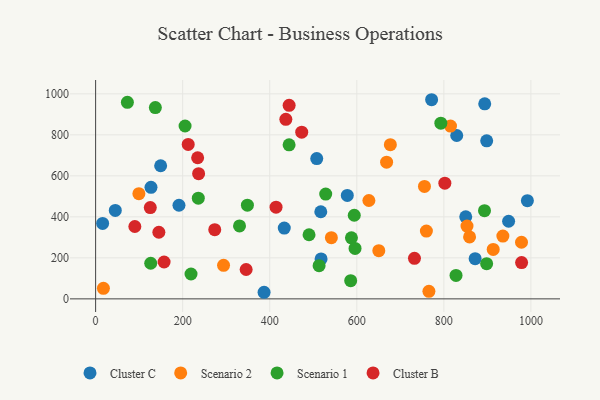
{"axis": {"x": "Experience", "y": "Sales"}, "legend": ["Cluster B", "Cluster C", "Scenario 1", "Scenario 2"], "data": [{"x": "45.2", "y": 431.4, "type": "Cluster C"}, {"x": "433.4", "y": 345.1, "type": "Cluster C"}, {"x": "517.3", "y": 424.9, "type": "Cluster C"}, {"x": "850.3", "y": 400.2, "type": "Cluster C"}, {"x": "127.2", "y": 544.1, "type": "Cluster C"}, {"x": "893.9", "y": 951.2, "type": "Cluster C"}, {"x": "518.0", "y": 194.8, "type": "Cluster C"}, {"x": "771.9", "y": 971.4, "type": "Cluster C"}, {"x": "16.1", "y": 367.8, "type": "Cluster C"}, {"x": "898.4", "y": 771.1, "type": "Cluster C"}, {"x": "387.0", "y": 32.1, "type": "Cluster C"}, {"x": "991.9", "y": 478.8, "type": "Cluster C"}, {"x": "948.8", "y": 378.6, "type": "Cluster C"}, {"x": "149.4", "y": 649.2, "type": "Cluster C"}, {"x": "508.0", "y": 684.2, "type": "Cluster C"}, {"x": "191.5", "y": 456.6, "type": "Cluster C"}, {"x": "578.2", "y": 504.4, "type": "Cluster C"}, {"x": "829.6", "y": 797.0, "type": "Cluster C"}, {"x": "871.9", "y": 195.8, "type": "Cluster C"}, {"x": "627.8", "y": 479.7, "type": "Scenario 2"}, {"x": "913.4", "y": 241.3, "type": "Scenario 2"}, {"x": "935.6", "y": 306.3, "type": "Scenario 2"}, {"x": "668.5", "y": 666.6, "type": "Scenario 2"}, {"x": "765.7", "y": 36.7, "type": "Scenario 2"}, {"x": "815.3", "y": 842.7, "type": "Scenario 2"}, {"x": "859.1", "y": 302.0, "type": "Scenario 2"}, {"x": "755.5", "y": 548.6, "type": "Scenario 2"}, {"x": "759.9", "y": 330.8, "type": "Scenario 2"}, {"x": "853.2", "y": 355.2, "type": "Scenario 2"}, {"x": "650.6", "y": 234.8, "type": "Scenario 2"}, {"x": "17.9", "y": 51.5, "type": "Scenario 2"}, {"x": "293.9", "y": 163.5, "type": "Scenario 2"}, {"x": "677.1", "y": 752.2, "type": "Scenario 2"}, {"x": "99.4", "y": 513.1, "type": "Scenario 2"}, {"x": "978.4", "y": 276.1, "type": "Scenario 2"}, {"x": "541.6", "y": 298.6, "type": "Scenario 2"}, {"x": "594.2", "y": 407.9, "type": "Scenario 1"}, {"x": "126.6", "y": 173.7, "type": "Scenario 1"}, {"x": "528.6", "y": 510.9, "type": "Scenario 1"}, {"x": "828.0", "y": 114.5, "type": "Scenario 1"}, {"x": "513.4", "y": 162.0, "type": "Scenario 1"}, {"x": "219.2", "y": 121.3, "type": "Scenario 1"}, {"x": "898.3", "y": 171.4, "type": "Scenario 1"}, {"x": "587.7", "y": 297.5, "type": "Scenario 1"}, {"x": "490.3", "y": 312.7, "type": "Scenario 1"}, {"x": "444.5", "y": 751.6, "type": "Scenario 1"}, {"x": "893.4", "y": 430.3, "type": "Scenario 1"}, {"x": "596.0", "y": 246.1, "type": "Scenario 1"}, {"x": "348.7", "y": 456.9, "type": "Scenario 1"}, {"x": "793.1", "y": 856.8, "type": "Scenario 1"}, {"x": "137.2", "y": 933.3, "type": "Scenario 1"}, {"x": "205.5", "y": 843.3, "type": "Scenario 1"}, {"x": "586.0", "y": 88.8, "type": "Scenario 1"}, {"x": "330.6", "y": 356.0, "type": "Scenario 1"}, {"x": "235.9", "y": 491.3, "type": "Scenario 1"}, {"x": "73.0", "y": 958.5, "type": "Scenario 1"}, {"x": "234.4", "y": 688.3, "type": "Cluster B"}, {"x": "414.5", "y": 447.3, "type": "Cluster B"}, {"x": "978.6", "y": 177.1, "type": "Cluster B"}, {"x": "157.3", "y": 179.9, "type": "Cluster B"}, {"x": "345.8", "y": 143.3, "type": "Cluster B"}, {"x": "236.6", "y": 610.5, "type": "Cluster B"}, {"x": "732.5", "y": 197.8, "type": "Cluster B"}, {"x": "437.0", "y": 875.6, "type": "Cluster B"}, {"x": "273.7", "y": 337.7, "type": "Cluster B"}, {"x": "212.7", "y": 753.2, "type": "Cluster B"}, {"x": "444.6", "y": 944.2, "type": "Cluster B"}, {"x": "473.5", "y": 813.3, "type": "Cluster B"}, {"x": "145.3", "y": 324.8, "type": "Cluster B"}, {"x": "802.3", "y": 564.2, "type": "Cluster B"}, {"x": "125.6", "y": 445.3, "type": "Cluster B"}, {"x": "90.1", "y": 352.9, "type": "Cluster B"}]}